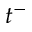
t ^ { - }